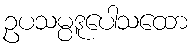
ဥပသမ္ပဒူပေါသထော